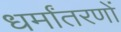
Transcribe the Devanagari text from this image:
धर्मांतरणों